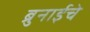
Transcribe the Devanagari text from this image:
ब्रुनाईचे